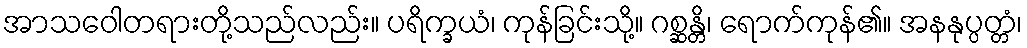
အာသဝေါတရားတို့သည်လည်း။ ပရိက္ခယံ၊ ကုန်ခြင်းသို့။ ဂစ္ဆန္တိ၊ ရောက်ကုန်၏။ အနနုပ္ပတ္တံ၊